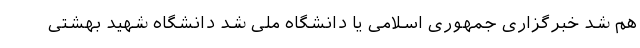
هم شد خبرگزاری جمهوری اسلامی یا دانشگاه ملی شد دانشگاه شهید بهشتی